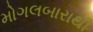
મોગલબારાથી